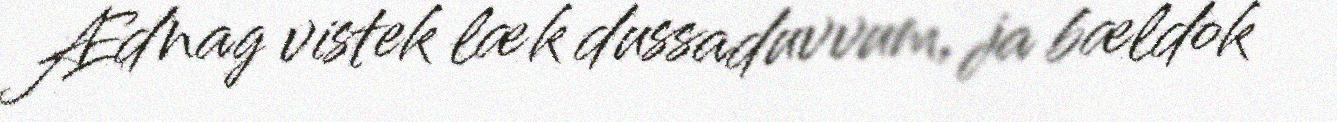
Ædnag vistek læk dussaduvvum, ja bældok